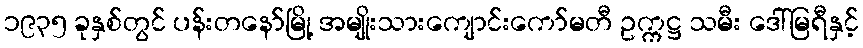
၁၉၃၅ ခုနှစ်တွင် ပန်းတနော်မြို့ အမျိုးသားကျောင်းကော်မတီ ဥက္ကဋ္ဌ သမီး ဒေါ်မြရီနှင့်